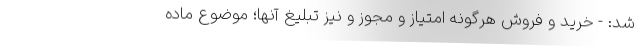
شد: - خرید و فروش هرگونه امتیاز و مجوز و نیز تبلیغ آنها؛ موضوع ماده